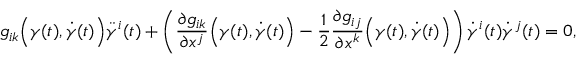
g _ { i k } { \Big ( } \gamma ( t ) , { \dot { \gamma } } ( t ) { \Big ) } { \ddot { \gamma } } ^ { i } ( t ) + \left( { \frac { \partial g _ { i k } } { \partial x ^ { j } } } { \Big ( } \gamma ( t ) , { \dot { \gamma } } ( t ) { \Big ) } - { \frac { 1 } { 2 } } { \frac { \partial g _ { i j } } { \partial x ^ { k } } } { \Big ( } \gamma ( t ) , { \dot { \gamma } } ( t ) { \Big ) } \right) { \dot { \gamma } } ^ { i } ( t ) { \dot { \gamma } } ^ { j } ( t ) = 0 ,